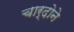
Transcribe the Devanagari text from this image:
चार्दोने